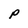
Character: P